Vaccination report Assam 1896-1927 - 1896-1927
Year: 1896
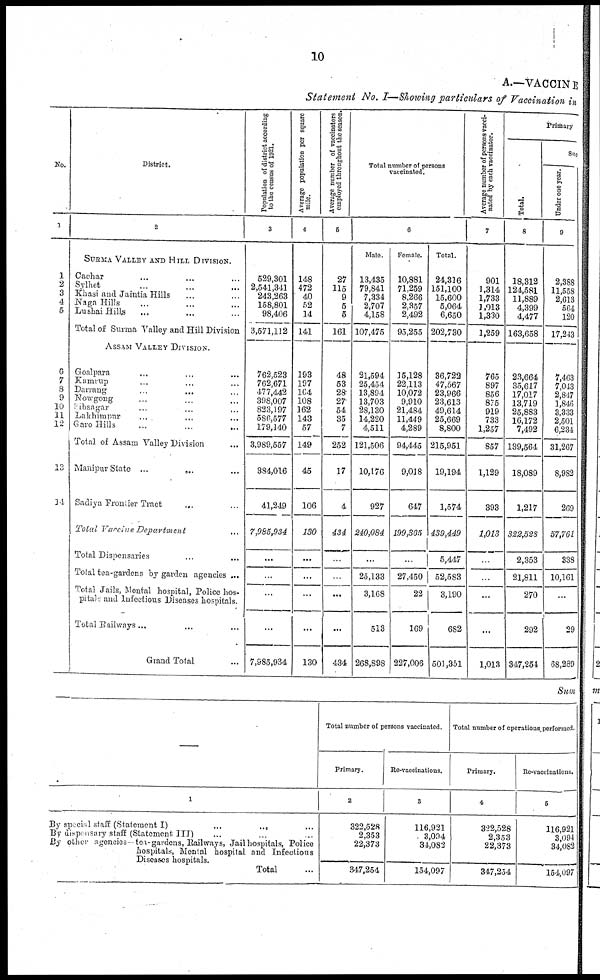
10
A.—VACCINE
Statement No. I—Showing particulars of Vaccination in
No.
1
1
2
3
4
5
6
7
8
9
10
11
12
13
14
District.
2
SURMA VALLEY AND HILL DIVISION.
Cachar ... ... ...
Sylhet ... ... ...
Khasi and Jaintia Hills ... ...
Naga Hills ... ... ...
Lushai Hills ... ... ...
Total of Surma Valley and Hill Division
ASSAM VALLEY DIVISION.
Goalpara ... ... ...
Kumrup ... ... ...
Darrang
...
... ...
Nowgong ... ... ...
Sibsagar ... ... ...
Lakhimpur ... ... ...
Garo Hills ... ... ...
Total of Assam Valley Division ...
Manipur State ...
...
...
Sadiya Frontier Tract
... ...
Total Vaccine Department ...
Total Dispensaries ... ...
Total tea-gardens by garden agencies ...
Total Jails, Mental hospital, Police hos-
pitals, and Infectious Diseases hospitals.
Total Railways...
Grand
Total ...
Population of district according
to the census of 1921.
3
529,301
2,541,341
243,263
158,801
98,406
3,571,112
762,523
762,671
477,442
398,007
823,197
586,577
179,140
3,989,557
384,016
41,249
7,985,934
...
...
...
...
7,985,934
Average population per square
mile.
4
148
472
40
52
14
141
193
197
164
108
162
143
57
149
45
106
130
...
...
...
...
130
Average number of vaccinators
employed throughout the season
5
27
115
9
5
5
161
48
53
28
27
54
35
7
252
17
4
434
...
...
434
Total number of persons
vaccinated.
6
Male.
13,435
79,841
7,334
2,707
4,158
107,475
21,594
25,454
13,894
13,703
28,130
14,220
4,511
121,506
10,176
927
240,084
...
25,133
3,168
513
268,898
Female.
10,881
71,259
8,266
2,357
2,492
95,255
15,128
22,113
10,072
9,910
21,484
11,449
4,289
94,445
9,018
647
199,365
...
27,450
22
169
227,006
Total.
24,316
151,100
15,600
5,064
6,650
202,730
36,722
47,567
23,966
23,613
49,614
25,669
8,800
215,951
19,194
1,574
439,449
5,447
52,583
3,190
682
501,351
Average number of persons vacci-
nated by each vaccinator.
7
901
1,314
1,733
1,013
1,330
1,259
765
897
856
875
919
733
1,257
857
1,129
393
1,013
...
...
...
...
1,013
Primary
Total.
8
18,312
124,581
11,889
4,399
4,477
163,658
23,664
35,617
17,017
13,719
25,883
16,172
7,492
139,564
18,089
1,217
322,528
2,353
21,811
270
292
347,254
Suc
Under one year.
9
2,388
11,558
2,613
564
120
17,243
7,463
7,043
2,847
1,846
3,333
2,501
6,234
31,267
8,982
269
57,761
338
10,161
29
68,289
Sum
—
1
By special staff (Statement I)
...
... ...
By dispensary staff (Statement III) ... ... ...
By other agencies— tea-gardens, Railways, Jail hospitals, Police
hospitals, Mental hospital and Infectious
Dieases hospitals.
Total ...
Total number of persons vaccinated
Primary.
2
322,528
2,353
22,373
347,254
Re-vaccinations.
3
116,921
3,094
34,082
154,097
Total number of operations performed.
Primary.
4
322,528
2,353
22,373
347,254
Re-vaccinations.
5
116,921
3,094
34,082
154,097